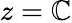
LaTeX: z=\mathbb{C}